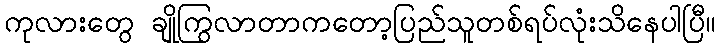
ကုလားတွေ ချိုကြွလာတာကတော့ပြည်သူတစ်ရပ်လုံးသိနေပါပြီ။